Leaving Certificate Examination, 1924
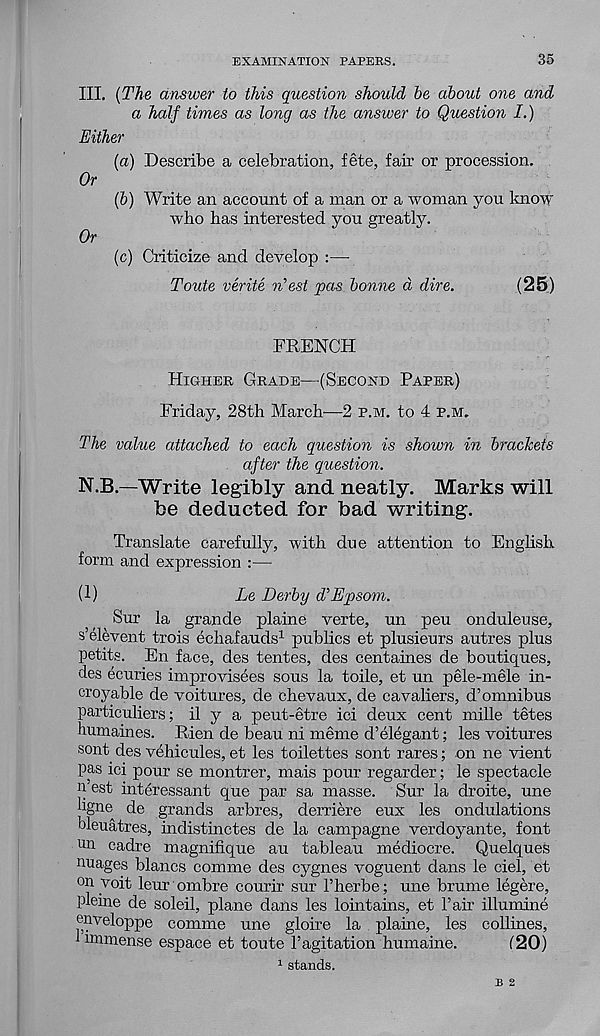
EXAMINATION PAPERS.
35
III. {The answer to this question should he about one and
a half times as long as the answer to Question I.)
Either
(a) Describe a celebration, fete, fair or procession.
Or
(b) Write an account of a man or a woman you know
who has interested you greatly.
Or
(c) Criticize and develop :—
Toute verite n'est pas bonne a dire.
(25)
FRENCH
Higher Grade—(Second Paper)
Friday, 28th March—2 p.m. to 4 p.m.
The value attached to each question is shown in brackets
after the question.
N.B—Write legibly and neatly. Marks will
be deducted for bad writing.
Translate carefully, with due attention to English
form and expression :—
(1)
Le Derby d’Epsom.
Sur la grande plaine verte, un peu onduleuse,
s’elevent trois echafauds 1 publics et plusieurs autres plus
petits. En face, des tentes, des centaines de boutiques,
des ecuries improvisees sous la toile, et un pele-mele in-
croyable de voitures, de chevaux, de cavaliers, d’omnibus
particuliers; il y a peut-etre ici deux cent mille tetes
humaines. Rien de beau ni meme d’elegant; les voitures
sont des vehicules, et les toilettes sont rares; on ne vient
pas ici pour se montrer, mais pour regarder; le spectacle
n est interessant que par sa masse. Sur la droite, une
hgne de grands arbres, derriere eux les ondulations
bleuatres, indistinctes de la campagne verdoyante, font
un cadre magnifique au tableau mediocre. Quelques
nuages blancs comme des cygnes voguent dans le ciel, et
°n voit leur ombre courir sur I’herbe; une brume legere,
pleine de soleil, plane dans les lointains, et Fair illumine
enveloppe comme une gloire la plaine, les collines,
1 immense espace et toute Fagitation humaine.
120)
1 stands.
B 2